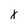
Character: x